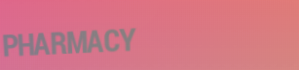
PHARMACY